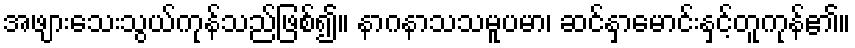
အဖျားသေးသွယ်ကုန်သည်ဖြစ်၍။ နာဂနာသသမူပမာ၊ ဆင်နှာမောင်းနှင့်တူကုန်၏။